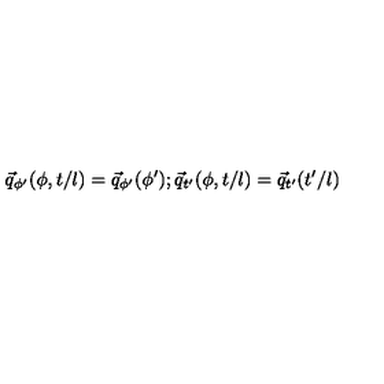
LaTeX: \vec { q } _ { \phi ^ { \prime } } ( \phi , t / l ) = \vec { q } _ { \phi ^ { \prime } } ( \phi ^ { \prime } ) ; \vec { q } _ { t ^ { \prime } } ( \phi , t / l ) = \vec { q } _ { t ^ { \prime } } ( t ^ { \prime } / l )